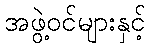
အဖွဲ့ဝင်များနှင့်